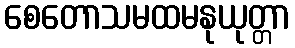
စေတောသမထမနုယုတ္တာ